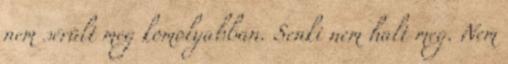
nem sérült meg komolyabban. Senki nem halt meg. Nem